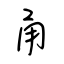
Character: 甬